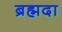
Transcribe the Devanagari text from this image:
ब्रह्मदा